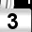
Digit: 3